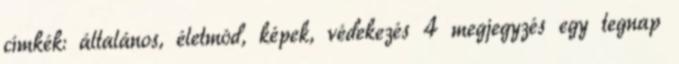
címkék: általános, életmód, képek, védekezés 4 megjegyzés egy tegnap